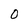
Character: 0